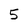
Character: 5